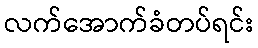
လက်အောက်ခံတပ်ရင်း